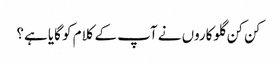
کن کن گلوکاروں نے آپ کے کلام کو گایا ہے؟